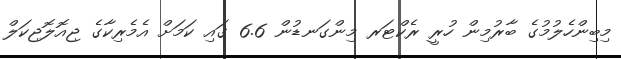
މިބިންހެލުމުގެ ބާރުމިން ހުރީ ރެކްޓަރ މިންގަނޑުން 6.6 ގައި ކަމަށް އެމެރިކާގެ ޖިއޮލޮޖިކަލް